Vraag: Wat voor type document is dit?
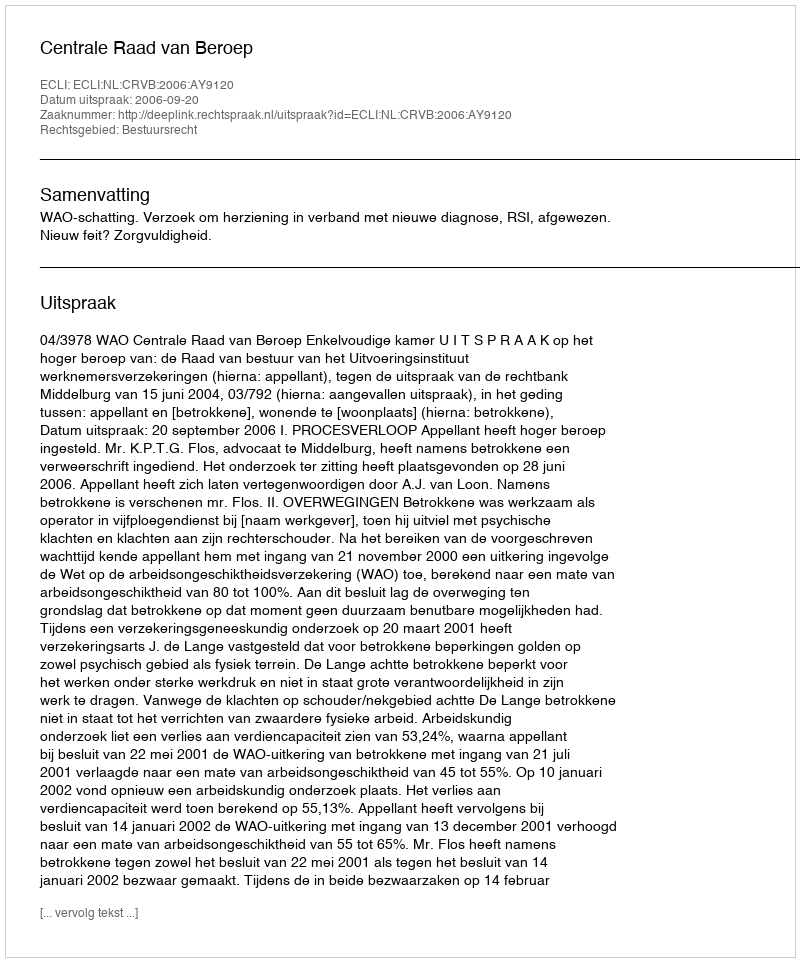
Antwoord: Uitspraak